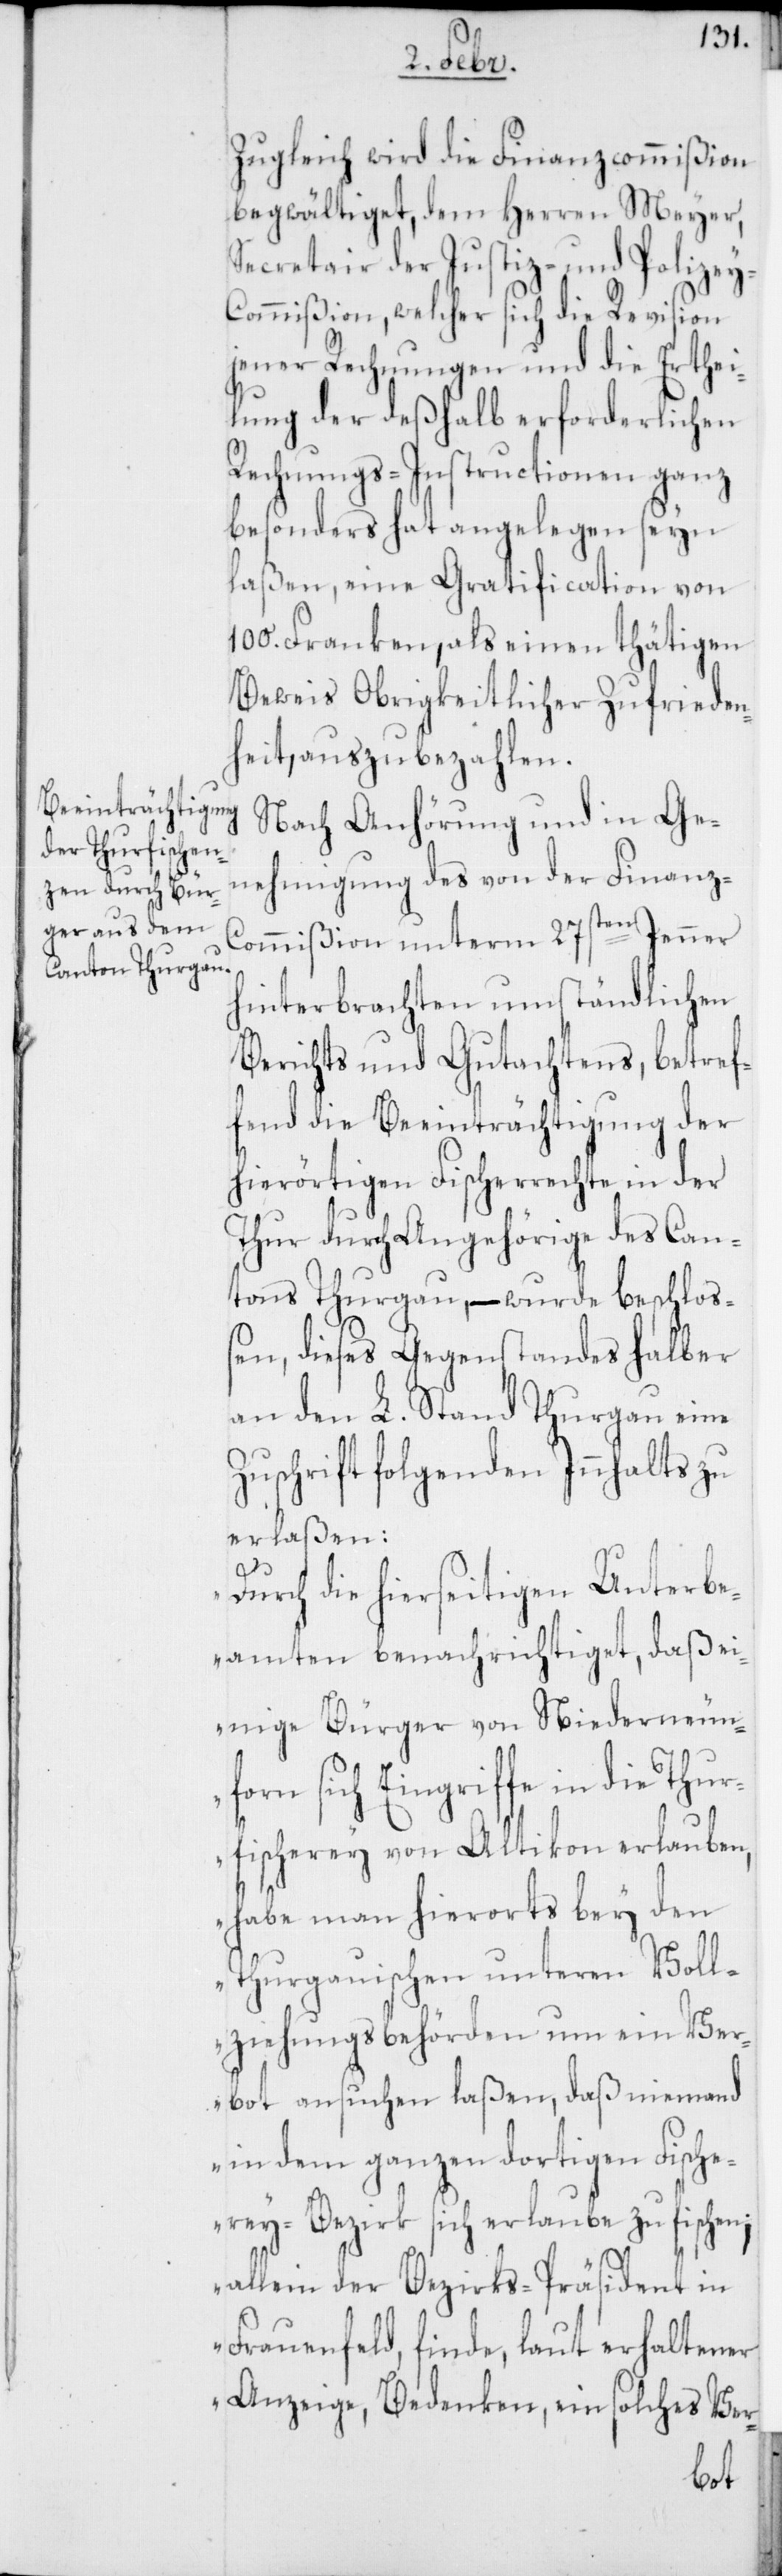
Zugleich wird die Finanzcommißion
begwältiget, dem Herren Meyer,
Secretair der Justiz- und Polize¬
y-Commißion, welcher sich die Revision
jener Rechnungen und die Erthei¬
lung der deßhalb erforderlichen
Rechnungs-Instructionen ganz
besonders hat angelegen sein
laßen, eine Gratification von
100. Franken, als einen thätigen
Beweis Obrigkeitlicher Zufrieden¬
heit, auszubezahlen.
Nach Anhörung und in Ge¬
nehmigung des von der Finanz-C¬
ommißion unterm 27sten Jenner
hinterbrachten umständlichen
Berichts und Gutachtens, betref¬
fend die Beeinträchtigung der
hierörtigen Fischerrechte in der
Thur durch Angehörige des Can¬
tons Thurgau, – wurde beschlo¬
ßen, dieses Gegenstandes halber
an den L. Stand Thurgau einen
Zuschrift folgenden Innhalts zu
erlaßen:
„Durch die hierseitigen Unterbe¬
amten benachrichtiget, daß ei¬
nige Bürger von Niederneun¬
forn sich Eingriffe in die Thur¬
fischerey von Altikon erlauben,
habe man hierorts bey den
Thurgauischen unteren Voll¬
ziehungsbehörden um ein Ver¬
bot ansuchen laßen, daß niemand
in dem ganzen dortigen Fische¬
rey-Bezirk sich erlaube zu fischen;
allein der Bezirks-Präsident in
Frauenfeld, finde, laut erhaltener
Anzeige, Bedenken, ein solches Ver-